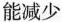
能减少